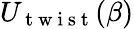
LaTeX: U_{\mathrm{~t~w~i~s~t~}}(\beta)